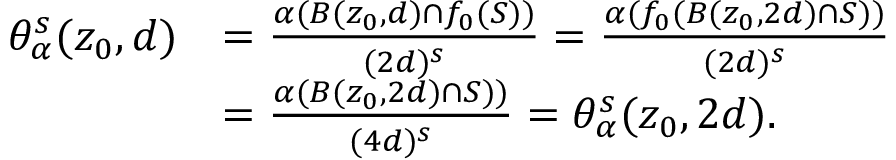
\begin{array} { r l } { \theta _ { \alpha } ^ { s } ( z _ { 0 } , d ) } & { = \frac { \alpha ( B ( z _ { 0 } , d ) \cap f _ { 0 } ( S ) ) } { ( 2 d ) ^ { s } } = \frac { \alpha ( f _ { 0 } ( B ( z _ { 0 } , 2 d ) \cap S ) ) } { ( 2 d ) ^ { s } } } \\ & { = \frac { \alpha ( B ( z _ { 0 } , 2 d ) \cap S ) ) } { ( 4 d ) ^ { s } } = \theta _ { \alpha } ^ { s } ( z _ { 0 } , 2 d ) . } \end{array}